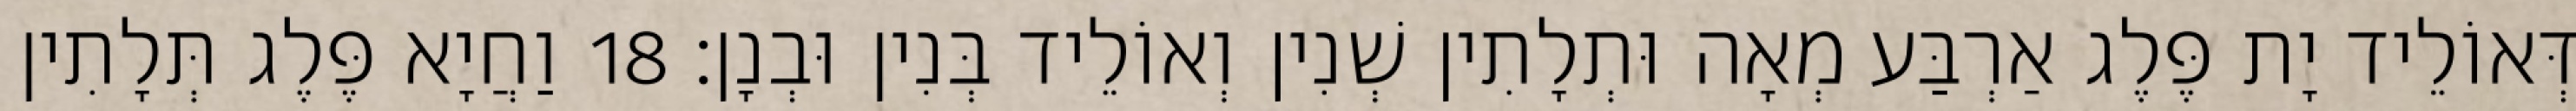
דְּאוֹלֵיד יָת פֶּלֶג אַרְבַּע מְאָה וּתְלָתִין שְׁנִין וְאוֹלֵיד בְּנִין וּבְנָן׃ 18 וַחֲיָא פֶּלֶג תְּלָתִין